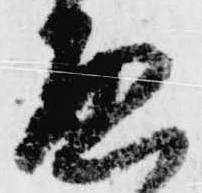
啓